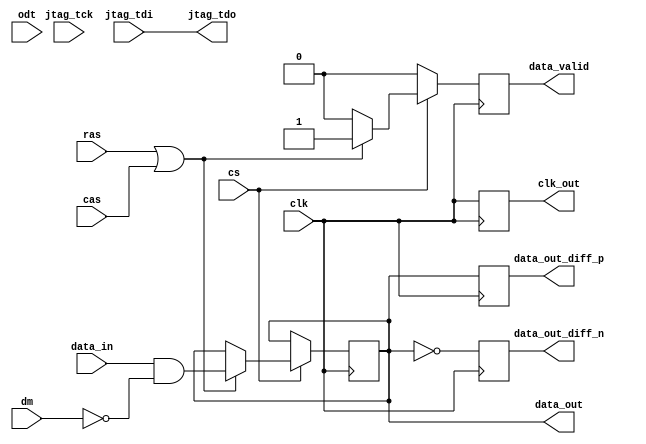
module lpddr5_io_block (
    input wire clk,                  // High-speed clock input
    input wire [63:0] data_in,      // Data input (64-bit wide)
    input wire [63:0] dm,           // Data mask input
    input wire cs,                  // Chip select
    input wire ras,                 // Row address strobe
    input wire cas,                 // Column address strobe
    input wire odt,                 // On-die termination control
    output reg [63:0] data_out,     // Data output
    output reg data_valid,          // Data valid signal
    output reg clk_out,             // Clock output for differential signaling
    output reg [63:0] data_out_diff_p, // Differential data output positive
    output reg [63:0] data_out_diff_n, // Differential data output negative
    input wire jtag_tdi,            // JTAG Test Data Input
    input wire jtag_tck,            // JTAG Test Clock
    output wire jtag_tdo            // JTAG Test Data Output
);

    // Drive strength configuration
    reg [1:0] drive_strength; // 00: weak, 01: medium, 10: strong

    // Clock Data Recovery (CDR) logic (simplified)
    always @(posedge clk) begin
        // Simulate CDR - in real design, implement phase alignment logic
        clk_out <= clk; // For simplicity, direct mapping
    end

    // Data output with data masking
    always @(posedge clk) begin
        if (cs) begin
            if (ras || cas) begin
                // Handle read/write operations
                data_out <= data_in & ~dm; // Mask data
                data_valid <= 1'b1; // Indicate valid data
            end else begin
                data_valid <= 1'b0; // No valid data
            end
        end else begin
            data_valid <= 1'b0; // Chip not selected
        end
    end

    // Differential signaling for data output
    always @(posedge clk) begin
        data_out_diff_p <= data_out; // Positive differential output
        data_out_diff_n <= ~data_out; // Negative differential output
    end

    // On-die termination control
    always @(posedge clk) begin
        if (odt) begin
            // Enable ODT - logic to enable termination
        end else begin
            // Disable ODT
        end
    end

    // JTAG interface (simplified)
    // Implement JTAG state machine and data shifting here
    assign jtag_tdo = jtag_tdi; // Direct connection for demonstration

endmodule